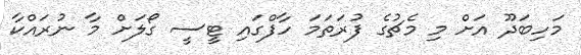
މަހިބަދޫ އަށް މި މެޗުގެ ފުރަތަމަ ހާފްގައި ޓީސީ ގޯލަށް މާ ނުރައްކާ